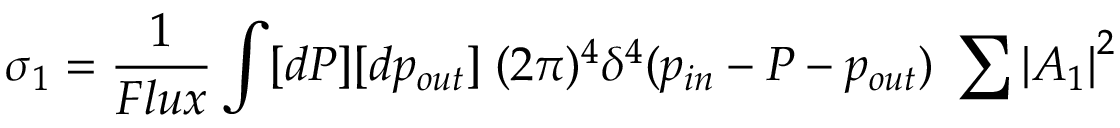
\sigma _ { 1 } = \frac { 1 } { F l u x } \int [ d P ] [ d p _ { o u t } ] \; ( 2 \pi ) ^ { 4 } \delta ^ { 4 } ( p _ { i n } - P - p _ { o u t } ) \; \sum { | A _ { 1 } | } ^ { 2 }